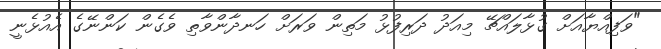
"ވަފިއްޔާއަށް ގުޅާލައްޗޭ މިއަދު ދަރިފުޅު މަތިން ވަރަށް ހަނދާންވާތި ވެގެން ކަންނޭގެ އެއުޅެނީ